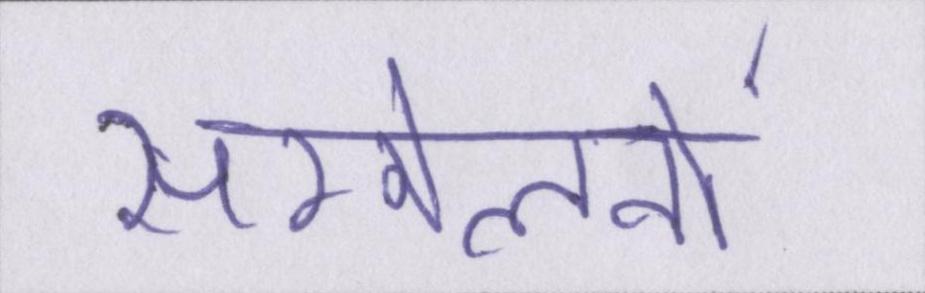
सम्मेलनों